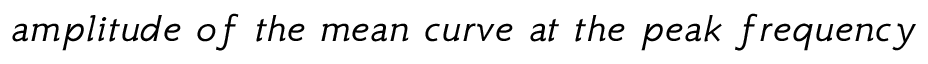
a m p l i t u d e \ o f \ t h e \ m e a n \ c u r v e \ a t \ t h e \ p e a k \ f r e q u e n c y